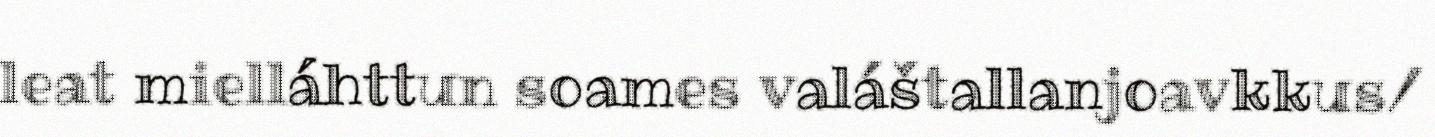
leat mielláhttun soames valáštallanjoavkkus/